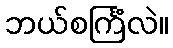
ဘယ်စင်္ကြံလဲ။